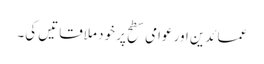
عمائدین اور عوامی سطح پر خود ملاقاتیں کی۔